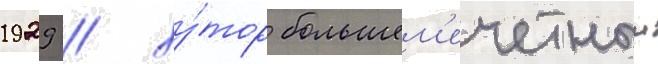
1929 / ху́тор большем'ечетныи